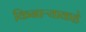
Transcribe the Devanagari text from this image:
किनाऱ्याकडे